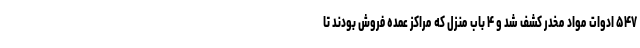
۵۴۷ ادوات مواد مخدر کشف شد و ۴ باب منزل که مراکز عمده فروش بودند تا